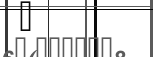
٧